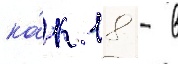
ка́к 18 - в